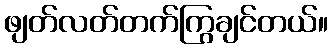
ဖျတ်လတ်တက်ကြွချင်တယ်။